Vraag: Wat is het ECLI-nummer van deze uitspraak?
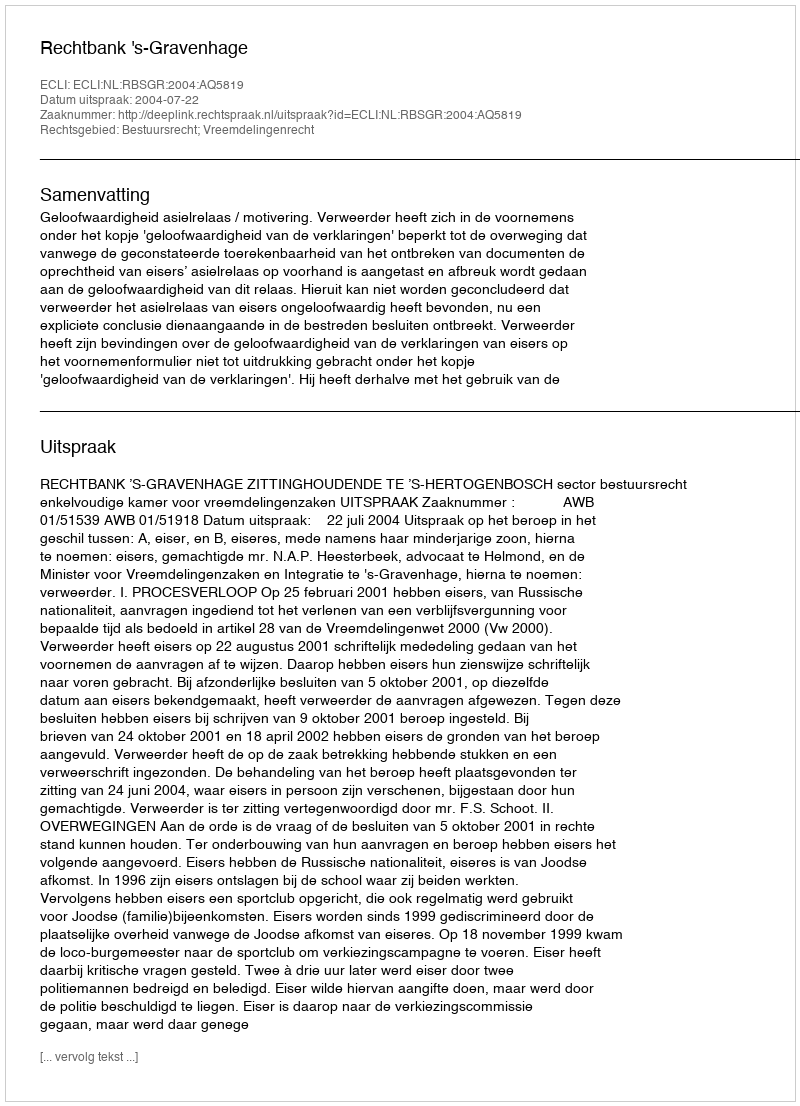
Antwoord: ECLI:NL:RBSGR:2004:AQ5819